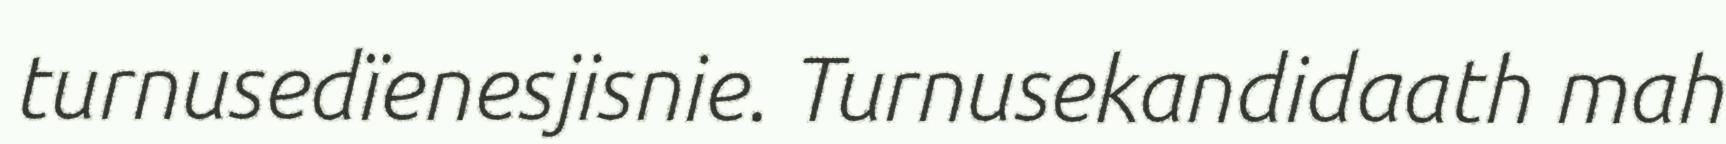
turnusedïenesjisnie. Turnusekandidaath mah